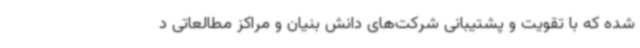
شده که با تقویت و پشتیبانی شرکت‌های دانش بنیان و مراکز مطالعاتی د